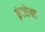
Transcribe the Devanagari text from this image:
इंटरेक्ट